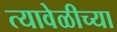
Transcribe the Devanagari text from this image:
त्यावेळीच्या